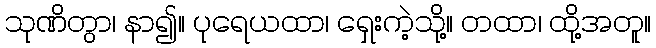
သုဏိတွာ၊ နာ၍။ ပုရေယထာ၊ ရှေးကဲ့သို့။ တထာ၊ ထို့အတူ။